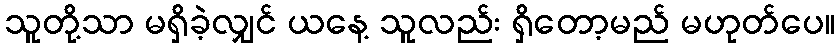
သူတို့သာ မရှိခဲ့လျှင် ယနေ့ သူလည်း ရှိတော့မည် မဟုတ်ပေ။